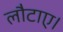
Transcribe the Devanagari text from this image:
लौटाए।